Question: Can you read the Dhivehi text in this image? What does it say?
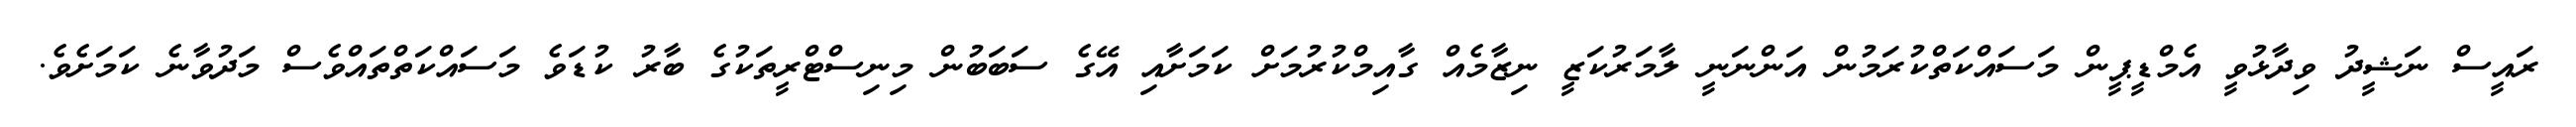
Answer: ރައީސް ނަޝީދު ވިދާޅުވީ އެމްޑީޕީން މަސައްކަތްކުރަމުން އަންނަނީ ލާމަރުކަޒީ ނިޒާމެއް ގާއިމްކުރުމަށް ކަމަށާއި އޭގެ ސަބަބުން މިނިސްޓްރީތަކުގެ ބާރު ކުޑަވެ މަސައްކަތްތައްވެސް މަދުވާނެ ކަމަށެވެ.